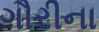
ગૌરીના